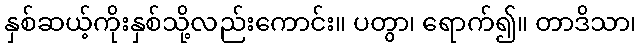
နှစ်ဆယ့်ကိုးနှစ်သို့လည်းကောင်း။ ပတွာ၊ ရောက်၍။ တာဒိသာ၊